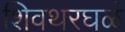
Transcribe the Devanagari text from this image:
शिवथरघळं